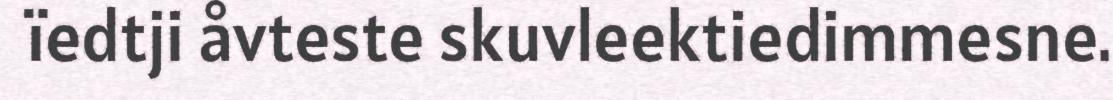
ïedtji åvteste skuvleektiedimmesne.